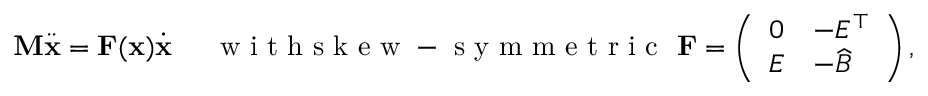
\mathbf { M } \ddot { \mathbf { x } } = \mathbf { F } ( \mathbf { x } ) \dot { \mathbf { x } } \quad \ \mathrm { ~ w ~ i ~ t ~ h ~ s ~ k ~ e ~ w ~ - ~ s ~ y ~ m ~ m ~ e ~ t ~ r ~ i ~ c ~ } \ \mathbf { F } = \left( \begin{array} { l l } { 0 } & { - E ^ { \top } } \\ { E } & { - \widehat { B } } \end{array} \right) ,